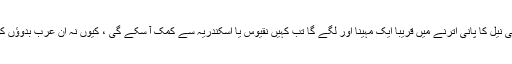
شاہ مقوقس نے اپنے ساتھیوں سے مشورہ کیا کہ ابھی نیل کا پانی اترنے میں قریباً ایک مہینا اور لگے گا تب کہیں نقیوس یا اسکندریہ سے کمک آ سکے گی ، کیوں نہ ان عرب بدوؤں کو مال و دولت کا لالچ دے کر رخصت کر دیا جائے۔